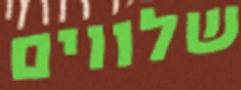
שלווים